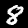
Label: 8